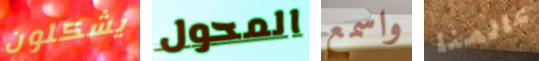
يشكلون المحول واسمع عالمنا